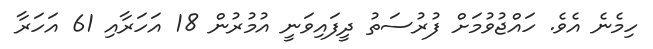
ހިމެނެ އެވެ. ހައްޖުވުމަށް ފުރުސަތު ދީފައިވަނީ އުމުރުން 18 އަހަރާއި 61 އަހަރާ